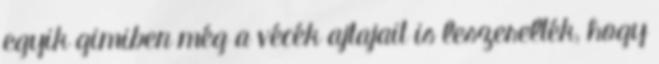
egyik gimiben még a vécék ajtajait is leszerelték, hogy